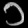
Digit: ၁